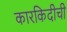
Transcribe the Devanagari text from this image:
कारकिदीची